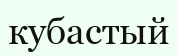
кубастый